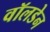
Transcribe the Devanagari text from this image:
वॉलडेन